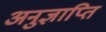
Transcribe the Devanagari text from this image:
अनुज्ञाप्ति